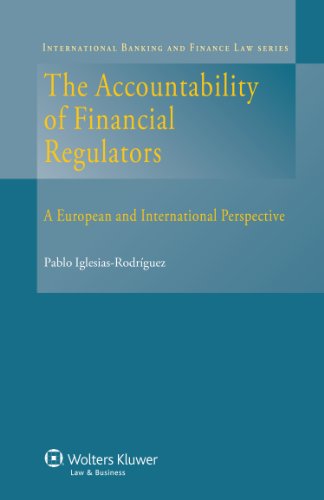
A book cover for Accountability of Financial Regulators. A European and International Perspective (International Banking and Finance Law); Pablo Iglesias-Rodriguez; Business & Money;